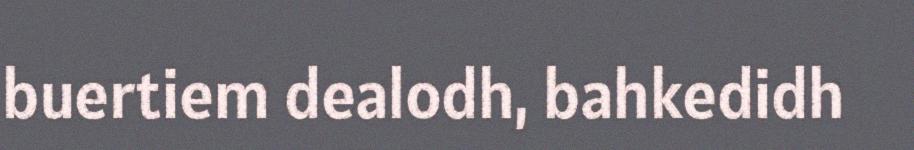
buertiem dealodh, bahkedidh